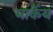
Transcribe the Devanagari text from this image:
मार्केय